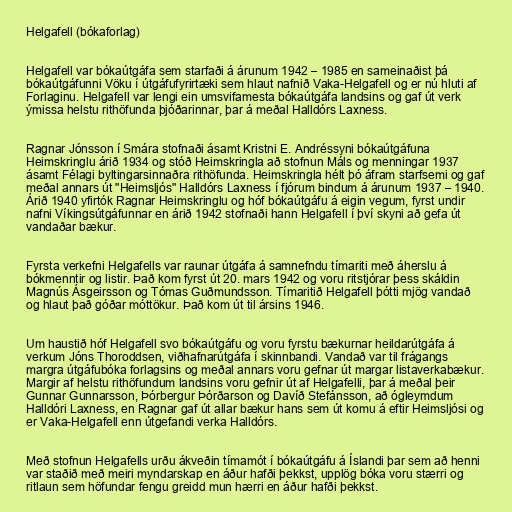
Helgafell (bókaforlag)

Helgafell var bókaútgáfa sem starfaði á árunum 1942 – 1985 en sameinaðist þá
bókaútgáfunni Vöku í útgáfufyrirtæki sem hlaut nafnið Vaka-Helgafell og er nú hluti af
Forlaginu. Helgafell var lengi ein umsvifamesta bókaútgáfa landsins og gaf út verk
ýmissa helstu rithöfunda þjóðarinnar, þar á meðal Halldórs Laxness.

Ragnar Jónsson í Smára stofnaði ásamt Kristni E. Andréssyni bókaútgáfuna
Heimskringlu árið 1934 og stóð Heimskringla að stofnun Máls og menningar 1937
ásamt Félagi byltingarsinnaðra rithöfunda. Heimskringla hélt þó áfram starfsemi og gaf
meðal annars út "Heimsljós" Halldórs Laxness í fjórum bindum á árunum 1937 – 1940.
Árið 1940 yfirtók Ragnar Heimskringlu og hóf bókaútgáfu á eigin vegum, fyrst undir
nafni Víkingsútgáfunnar en árið 1942 stofnaði hann Helgafell í því skyni að gefa út
vandaðar bækur.

Fyrsta verkefni Helgafells var raunar útgáfa á samnefndu tímariti með áherslu á
bókmenntir og listir. Það kom fyrst út 20. mars 1942 og voru ritstjórar þess skáldin
Magnús Ásgeirsson og Tómas Guðmundsson. Tímaritið Helgafell þótti mjög vandað
og hlaut það góðar móttökur. Það kom út til ársins 1946.

Um haustið hóf Helgafell svo bókaútgáfu og voru fyrstu bækurnar heildarútgáfa á
verkum Jóns Thoroddsen, viðhafnarútgáfa í skinnbandi. Vandað var til frágangs
margra útgáfubóka forlagsins og meðal annars voru gefnar út margar listaverkabækur.
Margir af helstu rithöfundum landsins voru gefnir út af Helgafelli, þar á meðal þeir
Gunnar Gunnarsson, Þórbergur Þórðarson og Davíð Stefánsson, að ógleymdum
Halldóri Laxness, en Ragnar gaf út allar bækur hans sem út komu á eftir Heimsljósi og
er Vaka-Helgafell enn útgefandi verka Halldórs.

Með stofnun Helgafells urðu ákveðin tímamót í bókaútgáfu á Íslandi þar sem að henni
var staðið með meiri myndarskap en áður hafði þekkst, upplög bóka voru stærri og
ritlaun sem höfundar fengu greidd mun hærri en áður hafði þekkst.